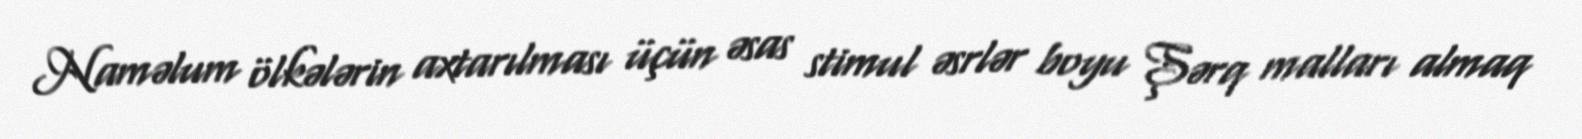
Naməlum ölkələrin axtarılması üçün əsas stimul əsrlər boyu Şərq malları almaq